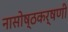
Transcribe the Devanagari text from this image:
नासोष्ठकर्षणी